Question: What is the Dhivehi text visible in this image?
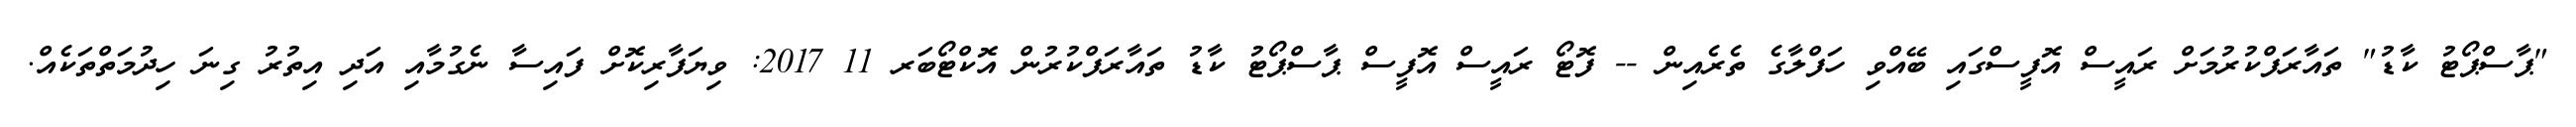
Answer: "ޕާސްޕޯޓު ކާޑު" ތައާރަފްކުރުމަށް ރައީސް އޮފީސްގައި ބޭއްވި ހަފްލާގެ ތެރެއިން -- ފޮޓޯ ރައީސް އޮފީސް ޕާސްޕޯޓު ކާޑު ތައާރަފްކުރުން އޮކްޓޯބަރ 11 2017: ވިޔަފާރިކޮށް ފައިސާ ނެގުމާއި އަދި އިތުރު ގިނަ ހިދުމަތްތަކެއް.